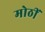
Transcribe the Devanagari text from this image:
मोठीं